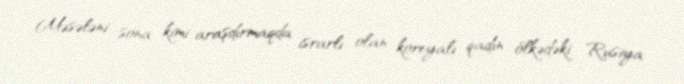
Məsələni sona kimi araşdırmaqda israrlı olan koreyalı qadın ölkədəki Rusiya